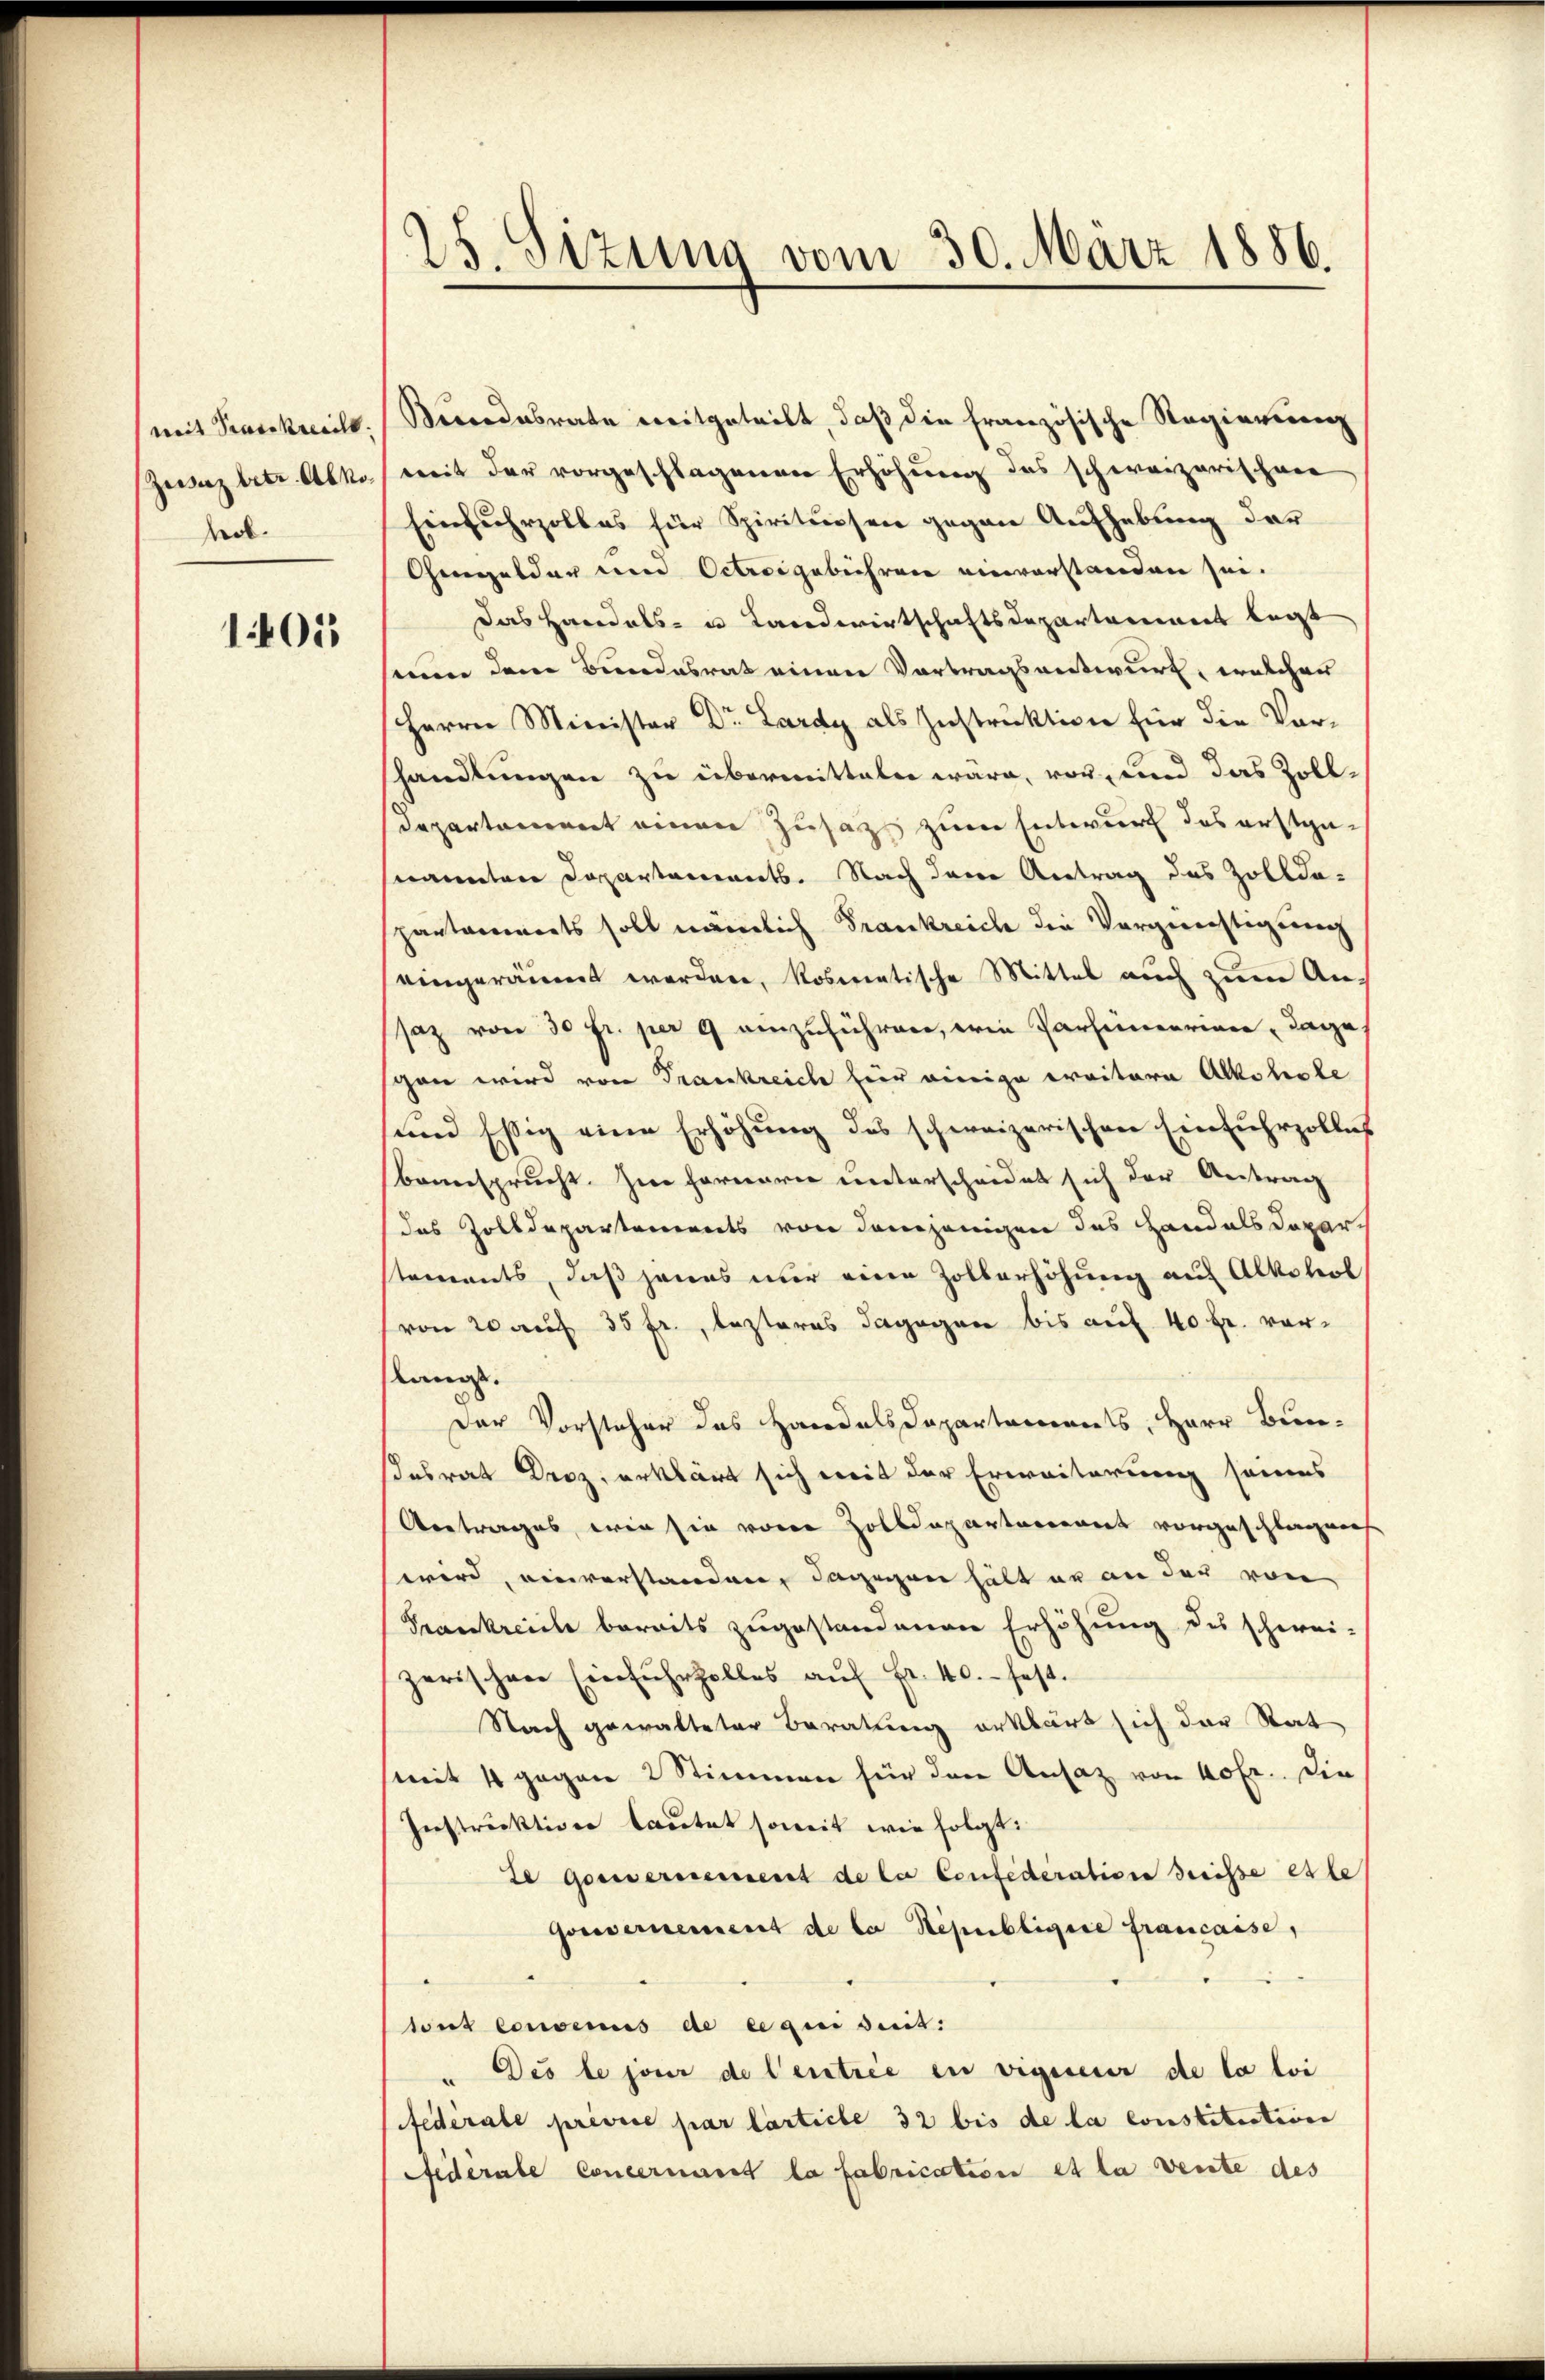
mit Prasekreeilt
Zesez betr. Abko
Mob.

1401

25. Sizung vom 30. März 1886.

Bindesrate ereitgeteilt, daß die französische Regierung
mit der vorgeschlagenen Erhöhung des schweizerischene
Einfuhrzolles für Spirituosen gegen Aufhebung der
Chengelder und Octroigebühren einverstanden sei.
Das Handels- u Landwirtschaftsdepartement legt
seum dem Bundesrat einen Vortragsentwurf, welchen
Herrn Ministor Dr. Lardy als Instruktion für die Vorshandlungen zu übermitteln wäre, vor, und das Zolldepartament einen Zusatz zum Entwurf das erstgenannten Dopartements. Nach den Antrag des Zolldo-
spartements soll nämlich Frankreich die Vergrechtigung
eingeräumt werden, Rosmatische Mittel auch zum Ansaz von 30 fr. per 9 anzuführen, wie Parhimmerien Tage
gan wird von Frankreich hier einige erritore Alkohole
und Essig eine Erhöhung des schweizerischen Einfuhrzolles
beansprucht. Im Fernern unterscheidet sich der Antrag
das Zolldepartements von demjenigen das Handals Depar
tements, daß jenes nur eine Zollerhöhung auf Alkohol
von 20 auf 35 fr., lezteres dagegen bis auf 40 fr. vorlängst.
Der Vorsteher das Handels Departements, Herr Bun-
desrat Droz, erklärt sich mit der Erweiterung seines
Antrages, wie sie von Zolldepartement vorgeschlagens
wird, einverstanden, dagegen hält er an der von
Frankreiche bereits zugestandenen Erhöhung des schwei-
zerischen Einfuhrholtes aŭf Fr. 40. fest.
Nach gewalteter Beratung erklärt sich der Stat
mit 4 gegen 2 Stimmen für den Ansatz von 40 Fr. Die
Instruktiver lautet soweit wie folgt:
te Gouvernement de la Confederation dreisse este
Gouvernement de la Républigere francasse,
tout convenus de ce qui suit:
" Des le jour de l’entree in vigueur de la loi
fédérale prévice par larticle 32 bis de la constitution
Federate Concernant la fabrication et la vente des